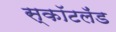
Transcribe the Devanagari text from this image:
स्कॉटलॅंड